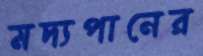
মদ্যপানের